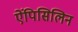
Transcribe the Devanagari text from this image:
ऐंपिसिलिन